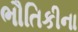
ભૌતિકીના